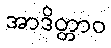
အာဒိတ္တာဝ